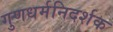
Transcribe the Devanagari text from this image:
गुणधर्मनिदर्शक